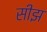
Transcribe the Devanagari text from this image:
सीझ